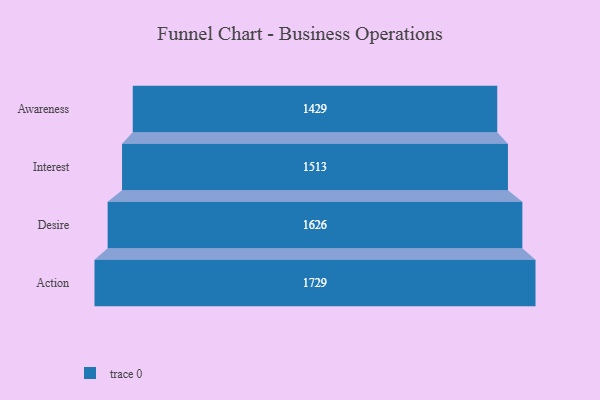
{"axis": {"x": "Stage", "y": "Value"}, "legend": [""], "data": [{"x": "Awareness", "y": 1429.0, "type": ""}, {"x": "Interest", "y": 1513.0, "type": ""}, {"x": "Desire", "y": 1626.0, "type": ""}, {"x": "Action", "y": 1729.0, "type": ""}]}